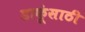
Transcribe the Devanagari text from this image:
डाकूंसाठी